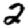
Digit: 2